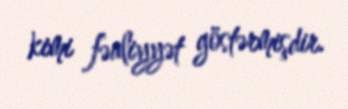
kimi fəaliyyət göstərmişdir.